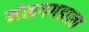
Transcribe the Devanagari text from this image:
मंलगगडाला